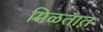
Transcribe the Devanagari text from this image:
मिळतात़